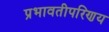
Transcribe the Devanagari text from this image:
प्रभावतीपरिणय